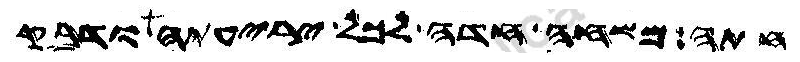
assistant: חתה משחה חדה לכל יריעתה ודבק